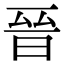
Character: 晉